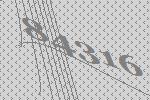
84316